Report on vaccination in the Province of Bengal - 1869-1873
Year: 1869
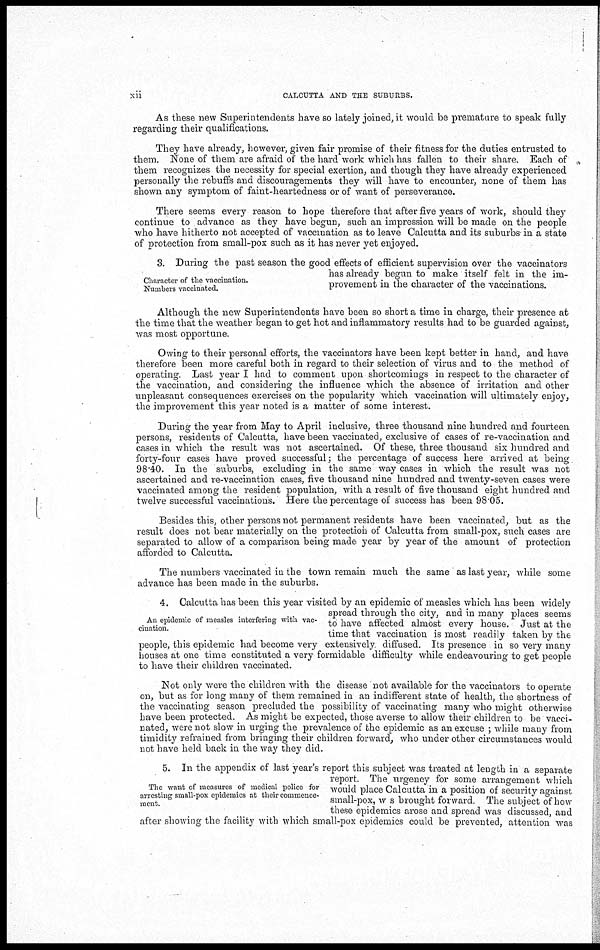
xii
CALCUTTA AND THE SUBURBS.
As these new Superintendents have so lately joined, it would be premature to speak fully
regarding their qualifications.
They have already, however, given fair promise of their fitness for the duties entrusted to
them. None of them are afraid of the hard work which has fallen to their share. Each of
them recognizes the necessity for special exertion, and though they have already experienced
personally the rebuffs and discouragements they will have to encounter, none of them has
shown any symptom of faint-heartedness or of want of perseverance.
There seems every reason to hope therefore that after five years of work, should they
continue to advance as they have begun, such an impression will be made on the people
who have hitherto not accepted of vaccination as to leave Calcutta and its suburbs in a state
of protection from small-pox such as it has never yet enjoyed.
Character of the vaccination.
Numbers vaccinated.
3. During the past season the good effects of efficient supervision over the vaccinators
has already begun to make itself felt in the im-
provement in the character of the vaccinations.
Although the new Superintendents have been so short a time in charge, their presence at
the time that the weather began to get hot and inflammatory results had to be guarded against,
was most opportune.
Owing to their personal efforts, the vaccinators have been kept better in hand, and have
therefore been more careful both in regard to their selection of virus and to the method of
operating. Last year I had to comment upon shortcomings in respect to the character of
the vaccination, and considering the influence which the absence of irritation and other
unpleasant consequences exercises on the popularity which vaccination will ultimately enjoy,
the improvement this year noted is a matter of some interest.
During the year from May to April inclusive, three thousand nine hundred and fourteen
persons, residents of Calcutta, have been vaccinated, exclusive of cases of re-vaccination and
cases in which the result was not ascertained. Of these, three thousand six hundred and
forty-four cases have proved successful; the percentage of success here arrived at being
98.40. In the suburbs, excluding in the same way cases in which the result was not
ascertained and re-vaccination cases, five thousand nine hundred and twenty-seven cases were
vaccinated among the resident population, with a result of five thousand eight hundred and
twelve successful vaccinations. Here the percentage of success has been 98.05.
Besides this, other persons not permanent residents have been vaccinated, but as the
result does not bear materially on the protection of Calcutta from small-pox, such cases are
separated to allow of a comparison being made year by year of the amount of protection
afforded to Calcutta.
The numbers vaccinated in the town remain much the same as last year, while some
advance has been made in the suburbs.
An epidemic of measles interfering with vac-
cination.
4. Calcutta has been this year visited by an epidemic of measles which has been widely
spread through the city, and in many places seems
to have affected almost every house. Just at the
time that vaccination is most readily taken by the
people, this epidemic had become very exteusively diffused. Its presence in so very many
houses at one time constituted a very formidable difficulty while endeavouring to get people
to have their children vaccinated.
Not only were the children with the disease not available for the vaccinators to operate
on, but as for long many of them remained in an indifferent state of health, the shortness of
the vaccinating season precluded the possibility of vaccinating many who might otherwise
have been protected. As might be expected, those averse to allow their children to be vacci-
nated, were not slow in urging the prevalence of the epidemic as an excuse ; while many from
timidity refrained from bringing their children forward, who under other circumstances would
not have held back in the way they did.
The want of measures of medical police for
arresting small-pox epidemics at their commence-
ment.
5. In the appendix of last year's report this subject was treated at length in a separate
report. The urgency for some arrangement which
would place Calcutta in a position of security against
small-pox, w s brought forward. The subject of how
these epidemics arose and spread was discussed, and
after showing the facility with which small-pox epidemics could be prevented, attention was